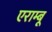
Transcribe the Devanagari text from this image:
एराम्बू